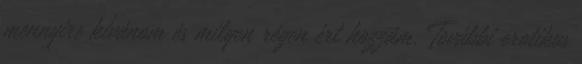
mennyire kívánom és milyen régen ért hozzám. További erotikus